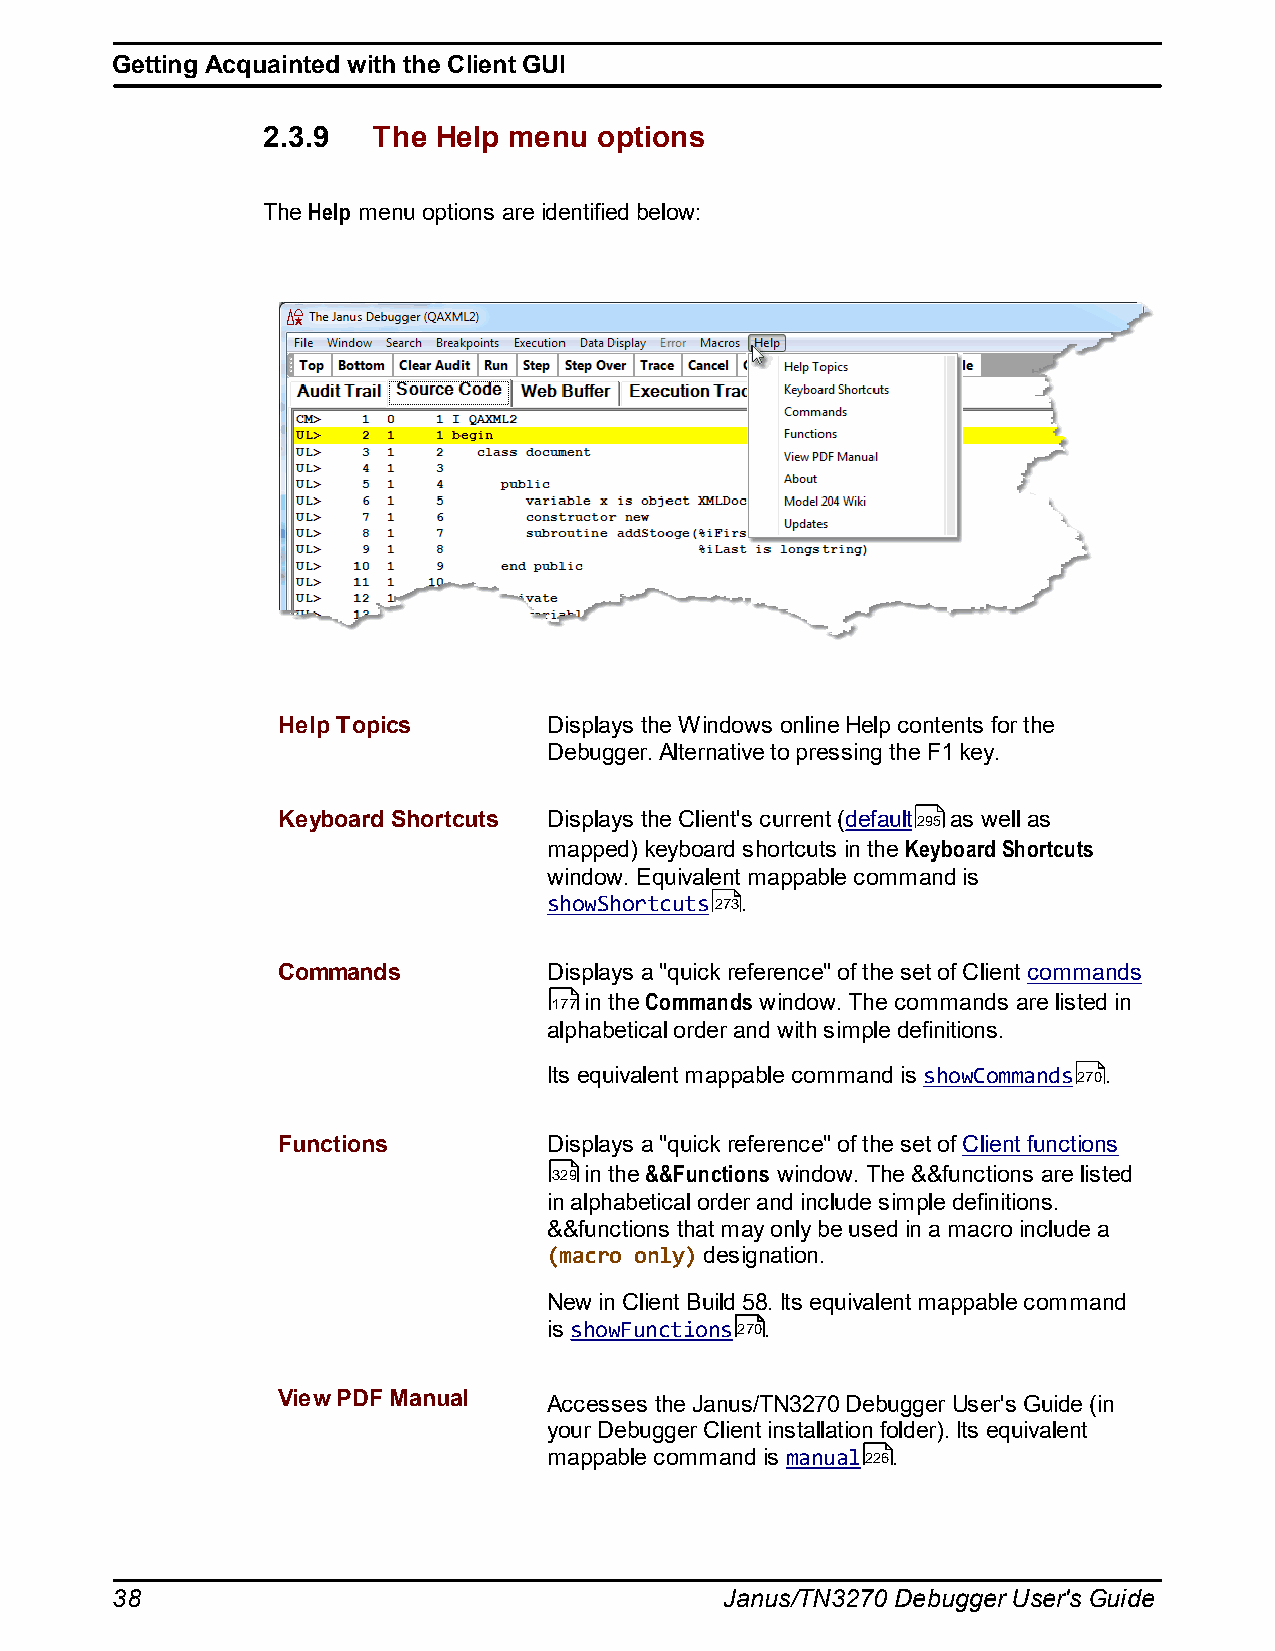
Getting Acquainted with the Client GUI
 2.3.9   The Help menu  options
 The Help menu options are identified below:
 Help Topics       Displays the Windows online Help contents for the
 Debugger. Alternative to pressing the F1 key.
 Keyboard Shortcuts Displays the Client's current (default295 as well as
 mapped) keyboard shortcuts in the Keyboard Shortcuts
 window. Equivalent mappable command is
 showShortcuts273.
 Commands          Displays a "quick reference" of the set of Client commands
 177 in the Commands window. The commands are listed in
 alphabetical order and with simple definitions.
 Its equivalent mappable command is showCommands270.
 Functions         Displays a "quick reference" of the set of Client functions
 329 in the &&Functions window. The &&functions are listed
 in alphabetical order and include simple definitions.
 &&functions that may only be used in a macro include a
 (macro only) designation.
 New in Client Build 58. Its equivalent mappable command
 is showFunctions270.
 View PDF Manual   Accesses the Janus/TN3270 Debugger User's Guide (in
 your Debugger Client installation folder). Its equivalent
 mappable command is manual226.
 38                                       Janus/TN3270 Debugger User's Guide